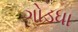
ગોડધા